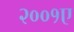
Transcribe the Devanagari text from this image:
२००१ए